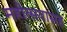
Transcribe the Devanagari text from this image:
महोत्सवासह